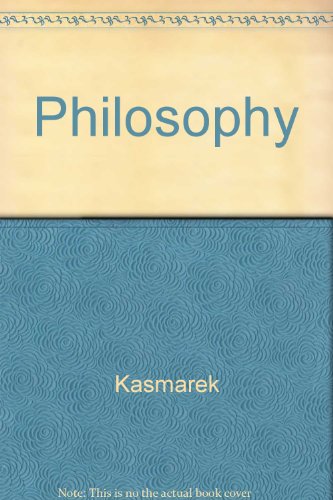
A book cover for Philosophy; Kasmarek; Teen & Young Adult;